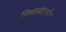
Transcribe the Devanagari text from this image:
बिलासंदर्भात